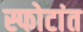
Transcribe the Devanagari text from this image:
स्फोटांत